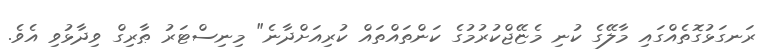
ރަނގަޅުގޮތެއްގައި މާލޭގެ ކުނި މެޏޭޖްކުރުމުގެ ކަންތައްތައް ކުރިއަށްދާނެ" މިނިސްޓަރު ޠާރިގް ވިދާޅުވި އެވެ.